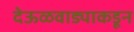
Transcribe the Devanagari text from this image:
देऊळवाड्याकडून